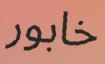
خابور